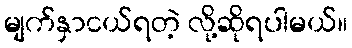
မျက်နှာငယ်ရတဲ့ လို့ဆိုရပါမယ်။